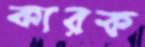
কারক